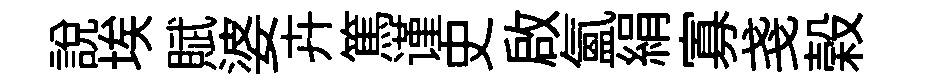
説埃賦婆卉篤谨史啟氲絹寡戔榖